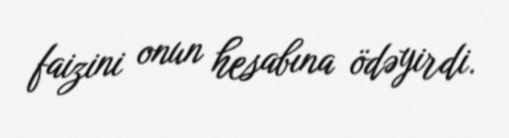
faizini onun hesabına ödəyirdi.